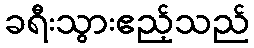
ခရီးသွားဧည့်သည်